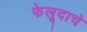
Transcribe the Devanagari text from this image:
फेलूदाचे